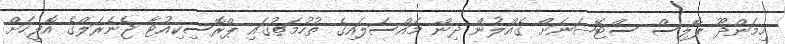
ހިމަންދޫ ޕޮލިސް ސްޓޭޝަނަށް ގެއްލުން ދިން މައްސަލައިގެ ތުހުމަތުގައި ޕްރޮސިކިއުޓާ ޖެނެރަލްގެ އޮފީހަށް